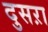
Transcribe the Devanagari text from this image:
दुसऱा